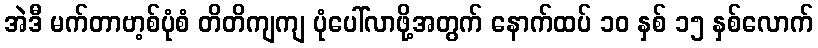
အဲဒီ မက်တာဗာ့စ်ပုံစံ တိတိကျကျ ပုံပေါ်လာဖို့အတွက် နောက်ထပ် ၁၀ နှစ် ၁၅ နှစ်လောက်